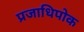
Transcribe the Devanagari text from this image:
प्रजाधिपोक